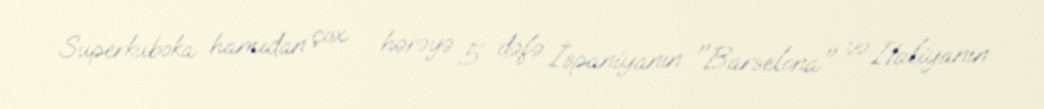
Superkuboka hamıdan çox - hərəyə 5 dəfə İspaniyanın "Barselona" və İtaliyanın